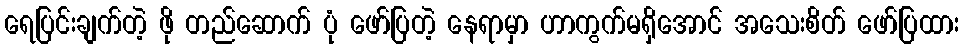
ရေပြင်းချက်တဲ့ ဖို တည်ဆောက် ပုံ ဖော်ပြတဲ့ နေရာမှာ ဟာကွက်မရှိအောင် အသေးစိတ် ဖော်ပြထား